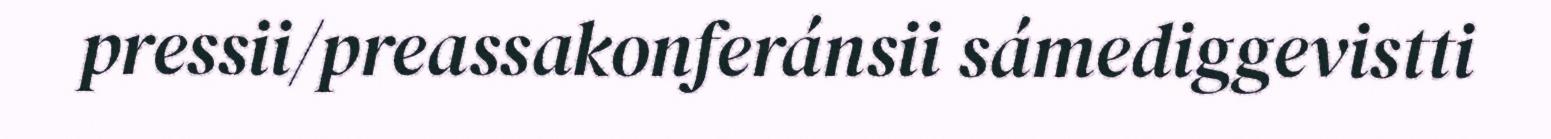
pressii/preassakonferánsii sámediggevistti